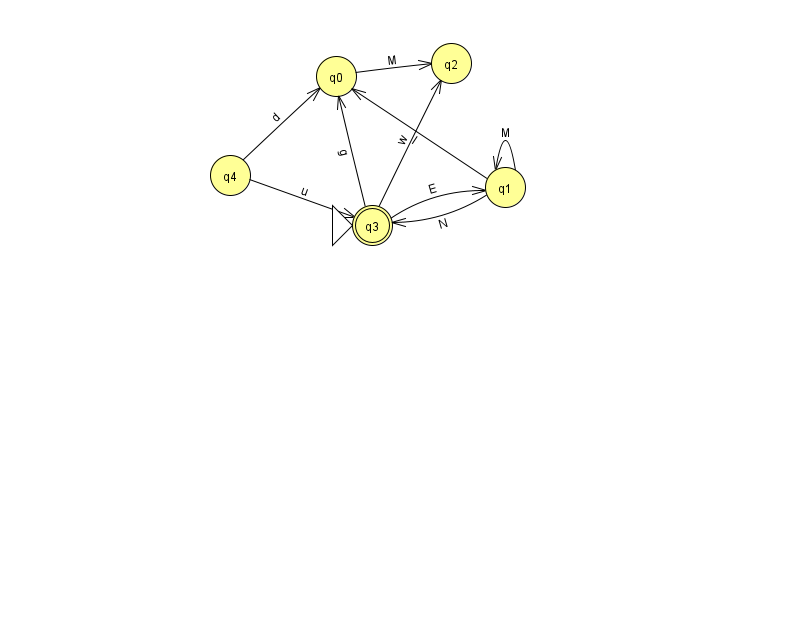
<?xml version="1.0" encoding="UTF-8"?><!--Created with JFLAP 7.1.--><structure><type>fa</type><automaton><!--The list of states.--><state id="0" name="q0"><x>336.0</x><y>63.0</y></state><state id="1" name="q1"><x>505.0</x><y>174.0</y></state><state id="2" name="q2"><x>451.0</x><y>50.0</y></state><state id="3" name="q3"><x>372.0</x><y>212.0</y><initial/><final/></state><state id="4" name="q4"><x>230.0</x><y>162.0</y></state><!--The list of transitions.--><transition><from>3</from><to>2</to><read>w</read></transition><transition><from>4</from><to>0</to><read>d</read></transition><transition><from>1</from><to>3</to><read>N</read></transition><transition><from>0</from><to>2</to><read>M</read></transition><transition><from>4</from><to>3</to><read>u</read></transition><transition><from>3</from><to>0</to><read>g</read></transition><transition><from>1</from><to>1</to><read>M</read></transition><transition><from>3</from><to>1</to><read>E</read></transition><transition><from>1</from><to>0</to><read>I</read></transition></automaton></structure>